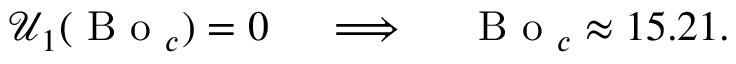
\mathcal { U } _ { 1 } ( \mathrm { ~ B ~ o ~ } _ { c } ) = 0 \quad \implies \quad \mathrm { ~ B ~ o ~ } _ { c } \approx 1 5 . 2 1 .